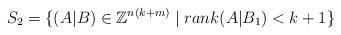
LaTeX: \begin{align*} S_2 = \{ (A|B) \in \mathbb{Z}^{n(k+m)} \mid rank(A|B_1)<k+1 \}\end{align*}